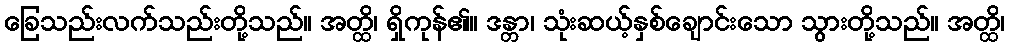
ခြေသည်းလက်သည်းတို့သည်။ အတ္ထိ၊ ရှိကုန်၏။ ဒန္တာ၊ သုံးဆယ့်နှစ်ချောင်းသော သွားတို့သည်။ အတ္ထိ၊